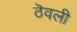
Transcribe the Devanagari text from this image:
ठॆवली